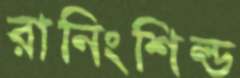
রানিংশিল্ড